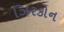
ઝિરકોન